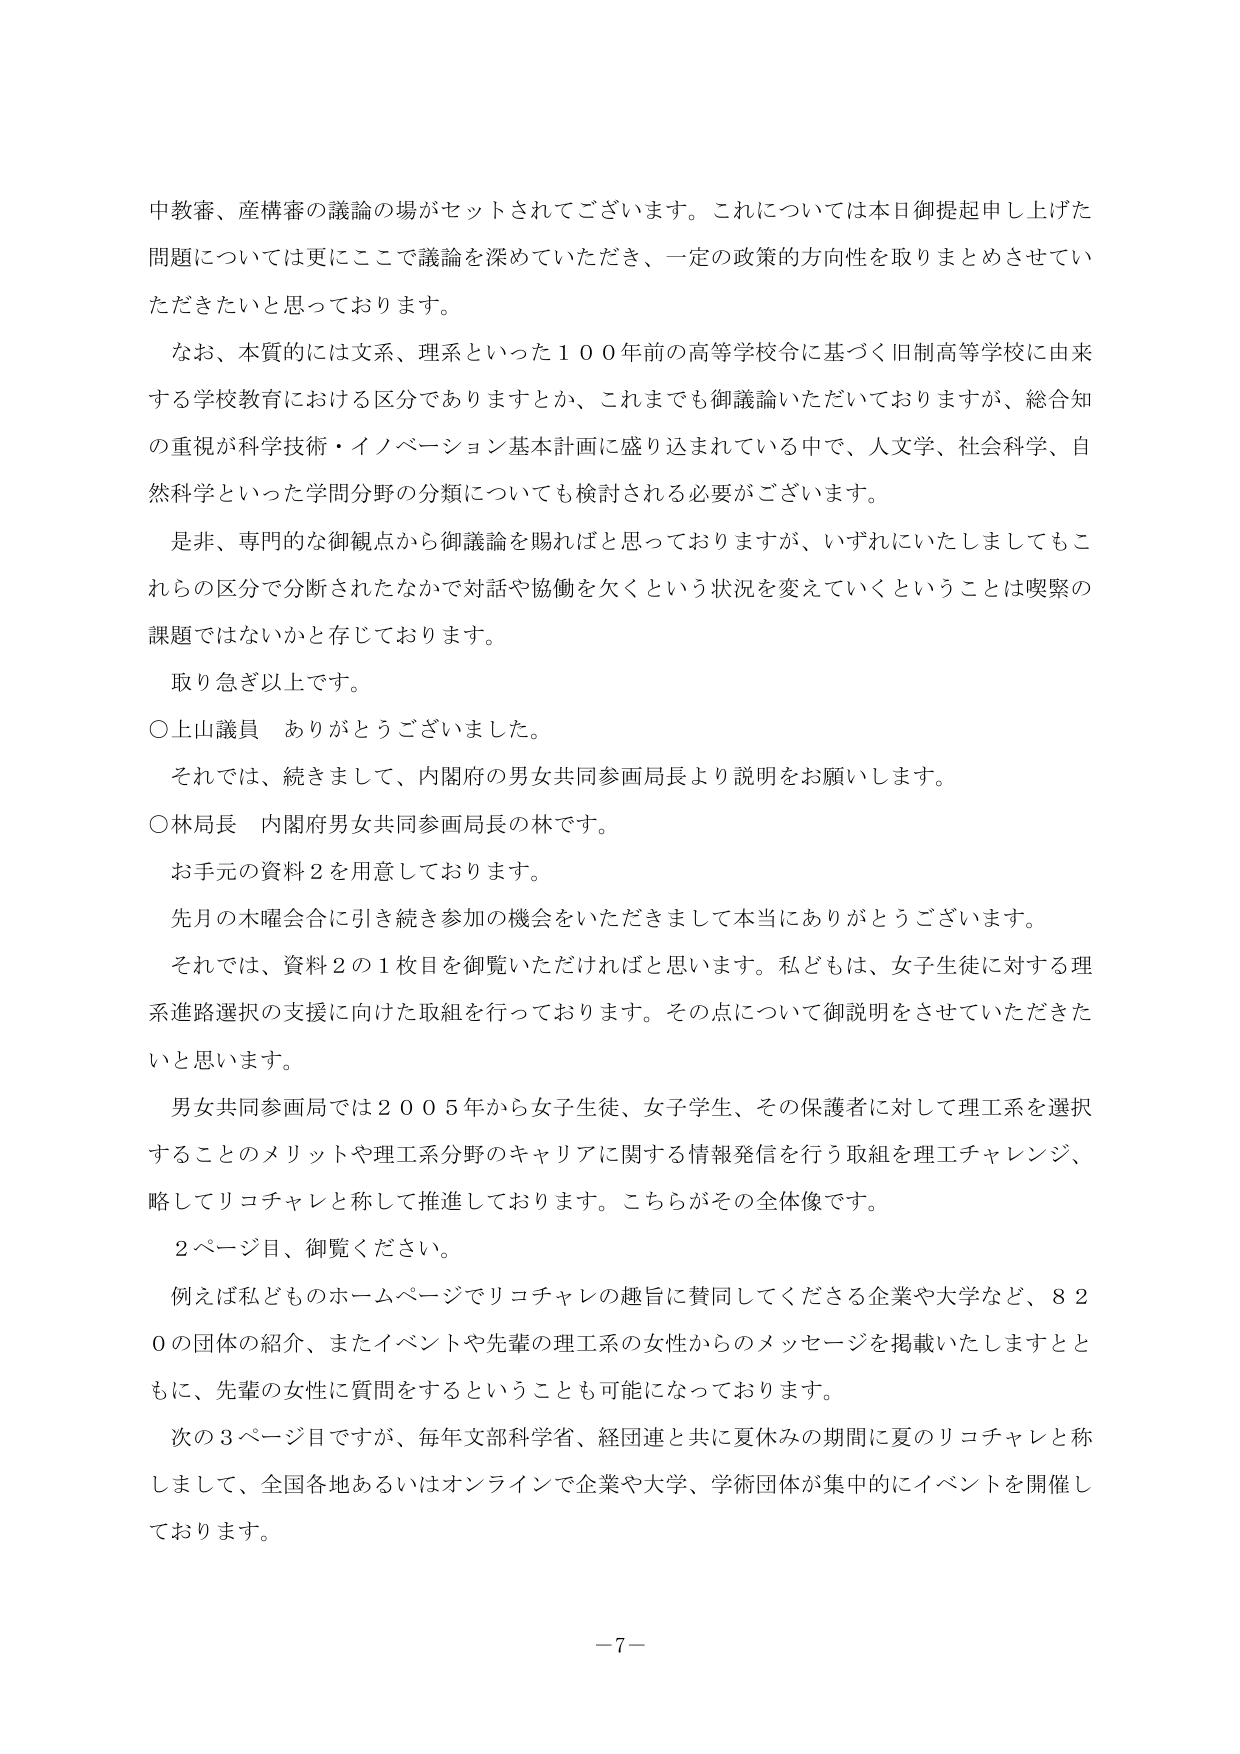
中教審、産構審の議論の場がセットされてございます。これについては本日御提起申し上げた問題については更にここで議論を深めていただき、一定の政策的方向性を取りまとめさせていただきたいと思っております。

なお、本質的には文系、理系といった１００年前の高等学校令に基づく旧制高等学校に由来する学校教育における区分でありますとか、これまでも御議論いただいておりますが、総合知の重視が科学技術・イノベーション基本計画に盛り込まれている中で、人文学、社会科学、自然科学といった学問分野の分類についても検討される必要がございます。

是非、専門的な御観点から御議論を賜ればと思っておりますが、いずれにいたしましてもこれらの区分で分断されたなかで対話や協働を欠くという状況を変えていくということは喫緊の課題ではないかと存じております。

取り急ぎ以上です。

○上山議員　ありがとうございました。

それでは、続きまして、内閣府の男女共同参画局長より説明をお願いします。

○林局長　内閣府男女共同参画局長の林です。

お手元の資料２を用意しております。

先月の木曜会合に引き続き参加の機会をいただきまして本当にありがとうございます。

それでは、資料２の１枚目を御覧いただければと思います。私どもは、女子生徒に対する理系進路選択の支援に向けた取組を行っております。その点について御説明をさせていただきたいと思います。

男女共同参画局では２００５年から女子生徒、女子学生、その保護者に対して理工系を選択することのメリットや理工系分野のキャリアに関する情報発信を行う取組を理工チャレンジ、略してリコチャレと称して推進しております。こちらがその全体像です。

２ページ目、御覧ください。

例えば私どものホームページでリコチャレの趣旨に賛同してくださる企業や大学など、８２０の団体の紹介、またイベントや先輩の理工系の女性からのメッセージを掲載いたしますとともに、先輩の女性に質問をするということも可能になっております。

次の３ページ目ですが、毎年文部科学省、経団連と共に夏休みの期間に夏のリコチャレと称しまして、全国各地あるいはオンラインで企業や大学、学術団体が集中的にイベントを開催しております。

―7―